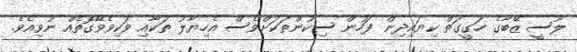
ލޫސީ ޒޭބާގެ ހަގީގަތް ކިޔައިދިން ފަހުން ސިކުންތަކަށްވެސް އެހިޔާލު ތަކާއި ވަކިވެވޭގޮތެއް ނުވިއެވެ.